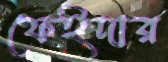
ফেইদার